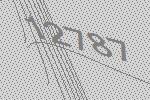
12787